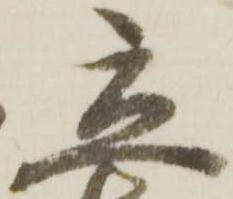
立